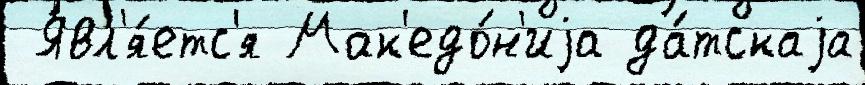
 Явл'я́етс'я Мак'едо́н'иjа да́тскаjа